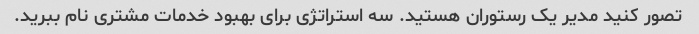
تصور کنید مدیر یک رستوران هستید. سه استراتژی برای بهبود خدمات مشتری نام ببرید.